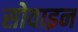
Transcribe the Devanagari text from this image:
सोवाइन